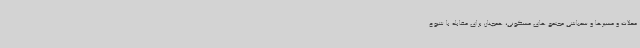
محلات و مسیرها و سمپاشی مجتمع های مسکونی، همچنان برای مقابله با شیوع